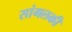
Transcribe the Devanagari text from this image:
सांगलकी